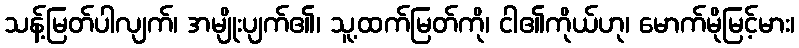
သန့်မြတ်ပါလျက်၊ အမျိုးပျက်၏၊ သူ့ထက်မြတ်ကို၊ ငါ၏ကိုယ်ဟု၊ မောက်မိုမြင့်မား၊